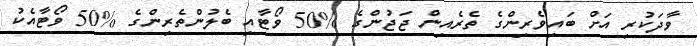
ވާދަކުރި އަށް ބައިވެރިންގެ ތެރެއިން ޖަޖުންގެ %50 ވޯޓާއި ބެލުންތެރިންގެ %50 ވޯޓާއެކު